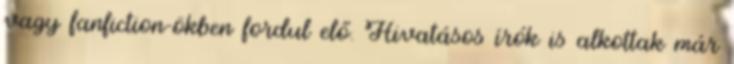
vagy fanfiction-ökben fordul elő. Hivatásos írók is alkottak már